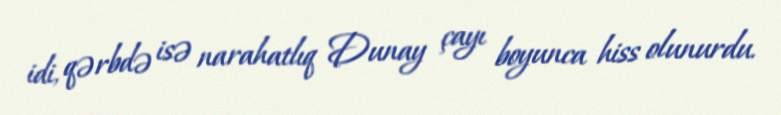
idi, qərbdə isə narahatlıq Dunay çayı boyunca hiss olunurdu.